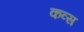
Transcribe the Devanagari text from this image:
कव्स